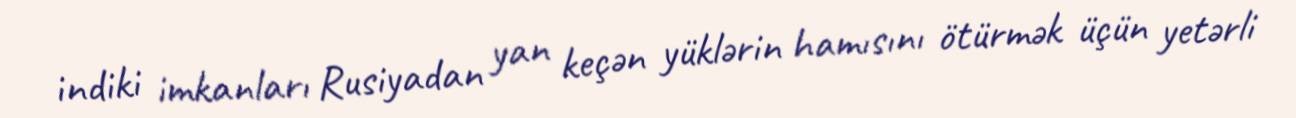
indiki imkanları Rusiyadan yan keçən yüklərin hamısını ötürmək üçün yetərli